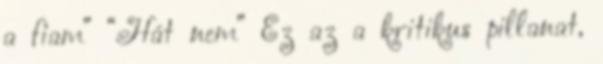
a fiam” “Hát nem” Ez az a kritikus pillanat,